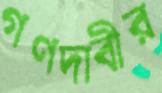
গণদাবীর